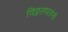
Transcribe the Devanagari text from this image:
विठ्ठलपंतांनी